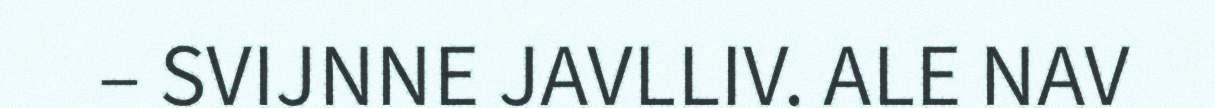
– SVIJNNE JAVLLIV. ALE NAV